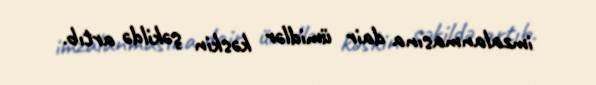
imzalanmasına dair ümidlər kəskin şəkildə artıb.